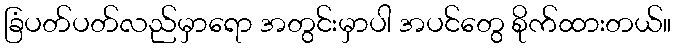
ခြံပတ်ပတ်လည်မှာရော အတွင်းမှာပါ အပင်တွေ စိုက်ထားတယ်။